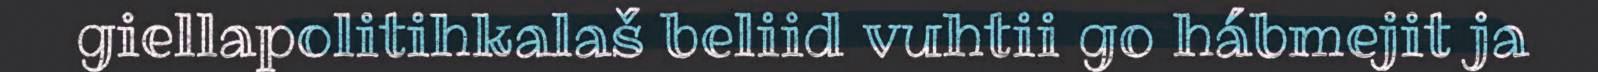
giellapolitihkalaš beliid vuhtii go hábmejit ja